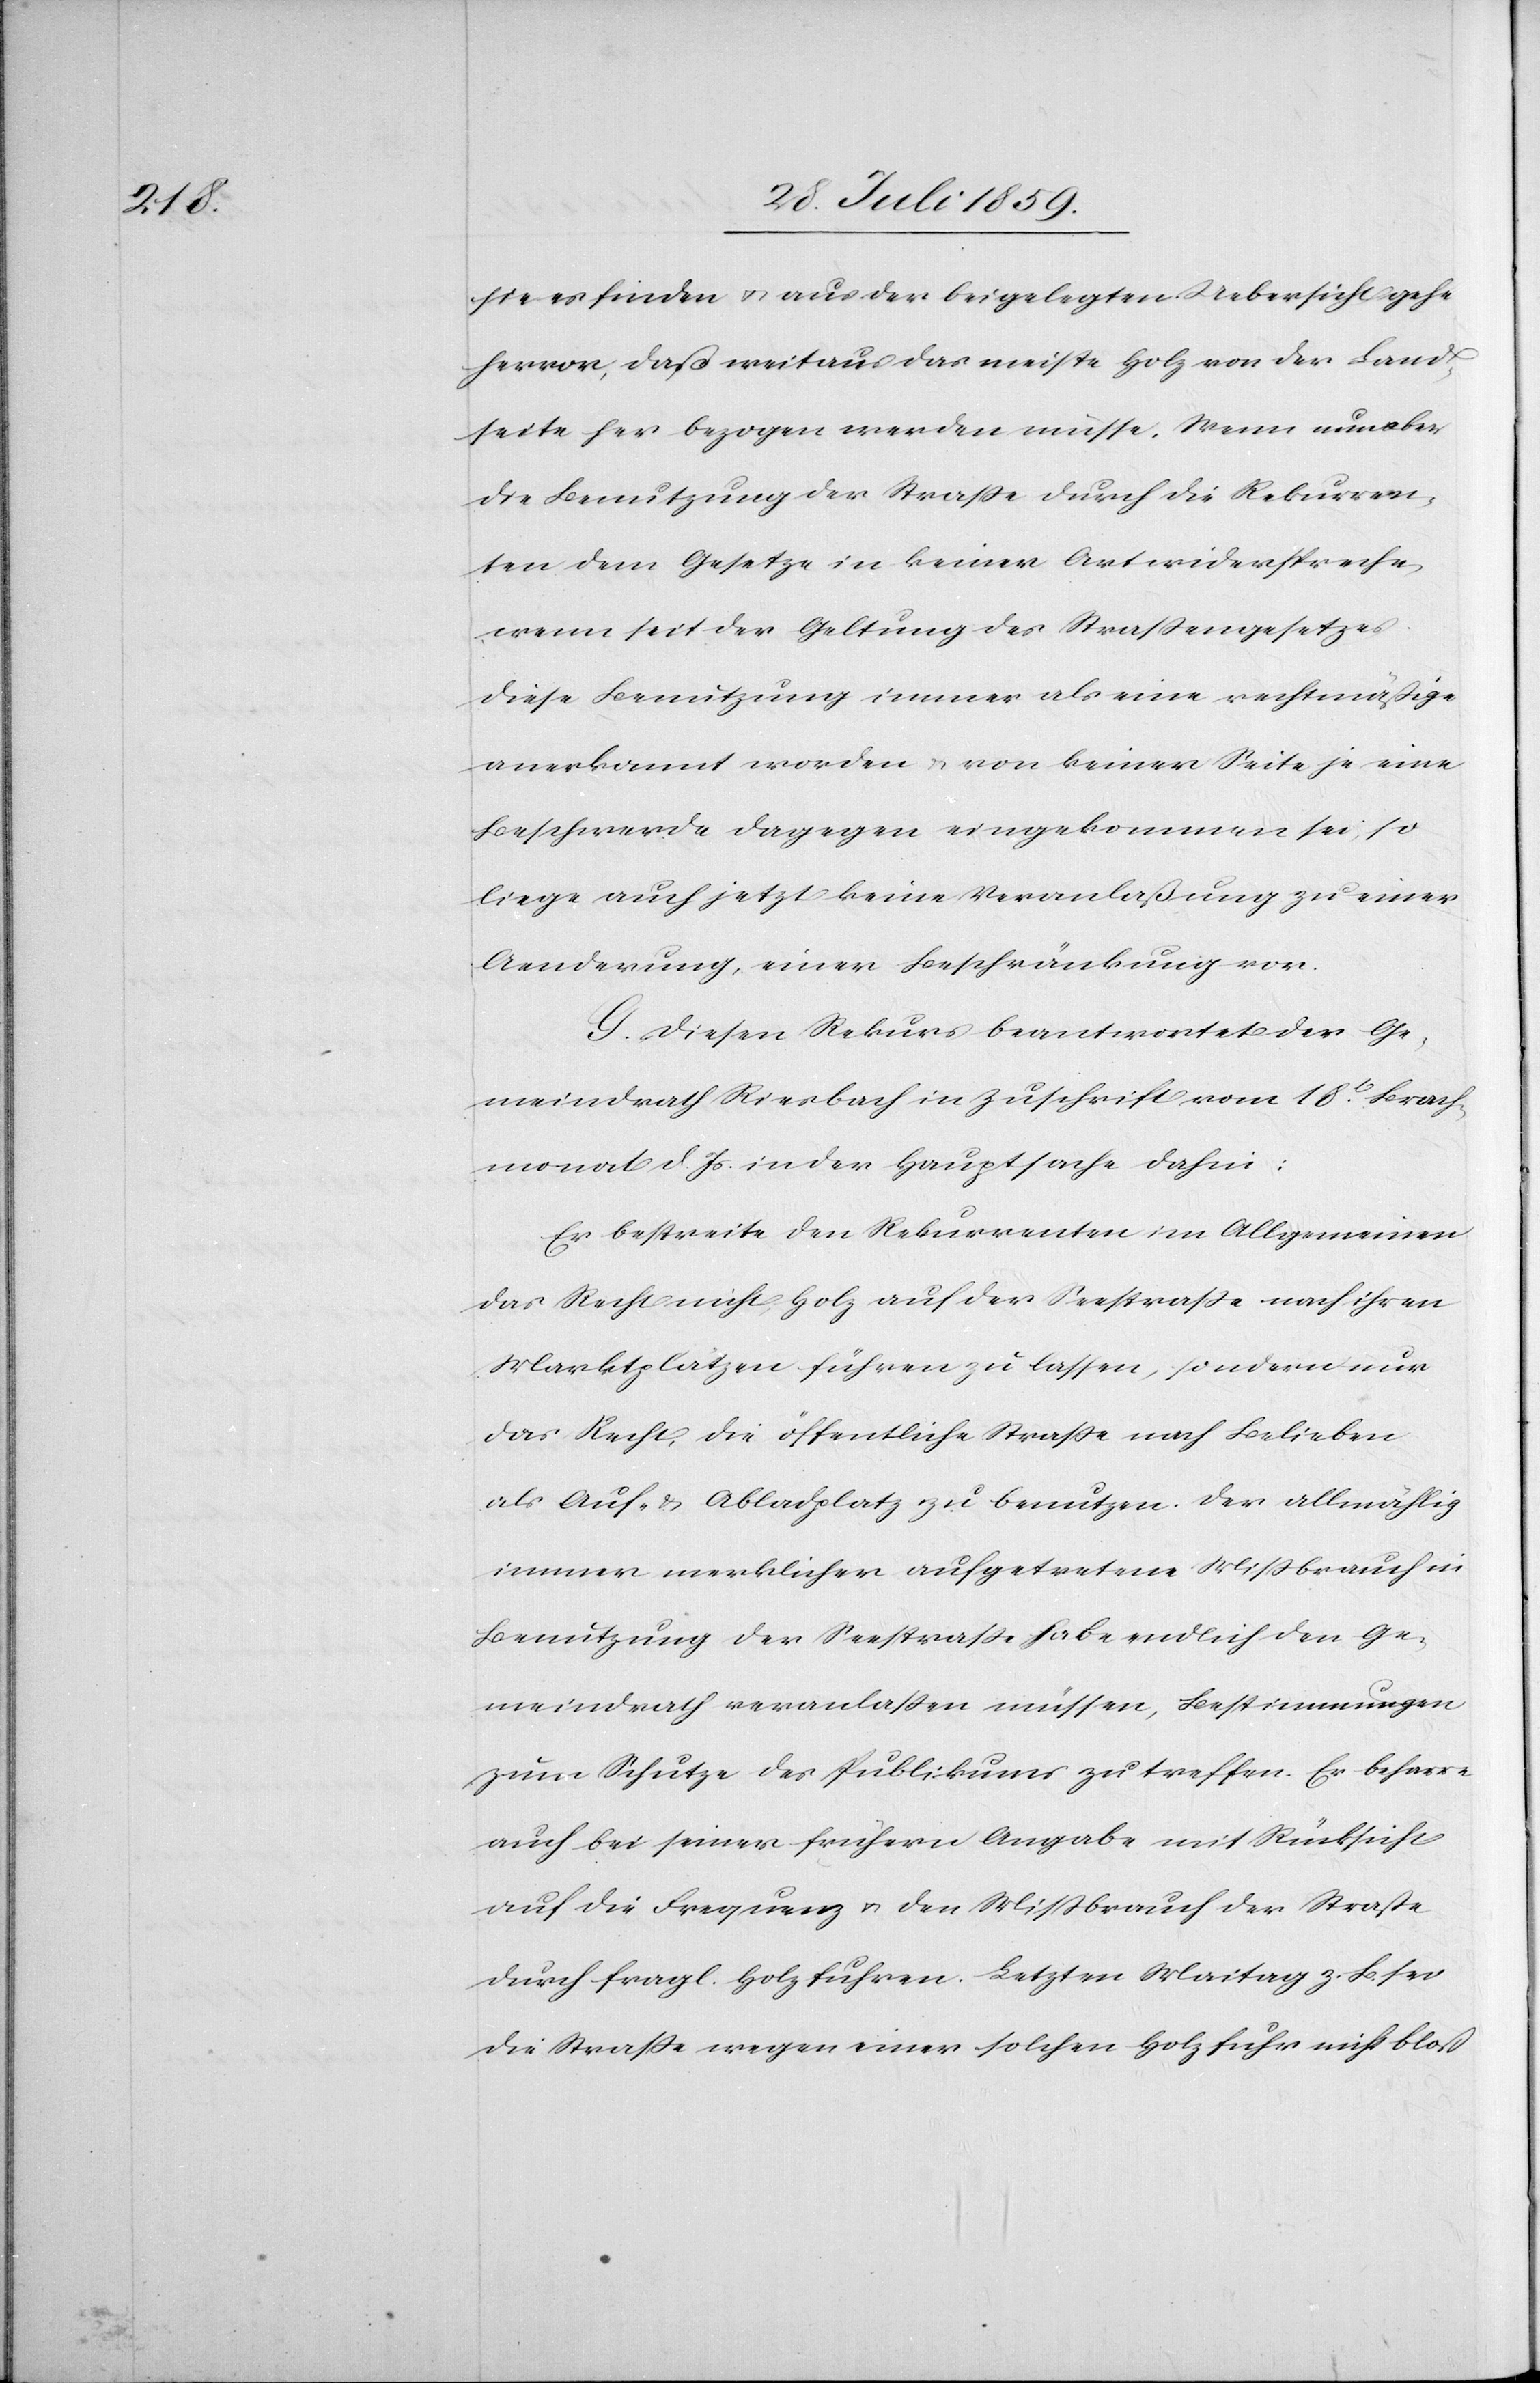
sie es finden u. aus der beigelegten Uebersicht gehe
hervor, daß mitaus das meiste Holz von der Land¬
seite her bezogen werden müsse. Wenn nun aber
die Benutzung der Straße durch die Rekurren¬
ten dem Gesetze in keiner Art widerspreche,
wenn seit der Geltung des Straßengesetzes
diese Benutzung immer als eine rechtmäßige
anerkannt worden u. von keiner Seite je eine
Beschwerde dagegen eingekommen sei, so
liege auch jetzt keine Veranlaßung zu einer
Aenderung einer Beschränkung vor.
G. Diesen Rekurs beantwortet der Ge¬
meindrath Riesbach in Zuschrift vom 18t. Brach¬
monat d. Js. in der Hauptsache dahin:
Es bestreite den Rekurrenten im Allgemeinen
das Recht nicht, Holz auf der Seestraße nach ihren
Marktplätzen führen zu lassen, sondern nur
das Recht, die öffentliche Straße nach Belieben
als Auf- u. Abladeplatz zu benutzen. Der allmählig
immer merklicher aufgetretene Mißbrauch in
Benutzung der Seestraße habe endlich den Ge¬
meindrath veranlassen müssen, Bestimmungen
zum Schutze des Publikums zu treffen. Er beharre
auch bei seiner frühern Angabe mit Rücksicht
auf die Frequenz u. den Mißbrauch der Straße
durch fragl. Holzfuhren. Letztern Maitag z. B. sei
die Straße wegen einer solchen Holzfuhr nicht bloß